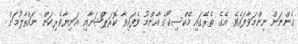
ގެންނަން ނިންމަވާފައެވެ. އޭގެ ތެރޭގައި މެކްސިކޯގެ އާންމު ވެފައިވާ ކޮރަޕްޝަނާއި އަނިޔާވެރިކަން ނައްތާލުމަށް